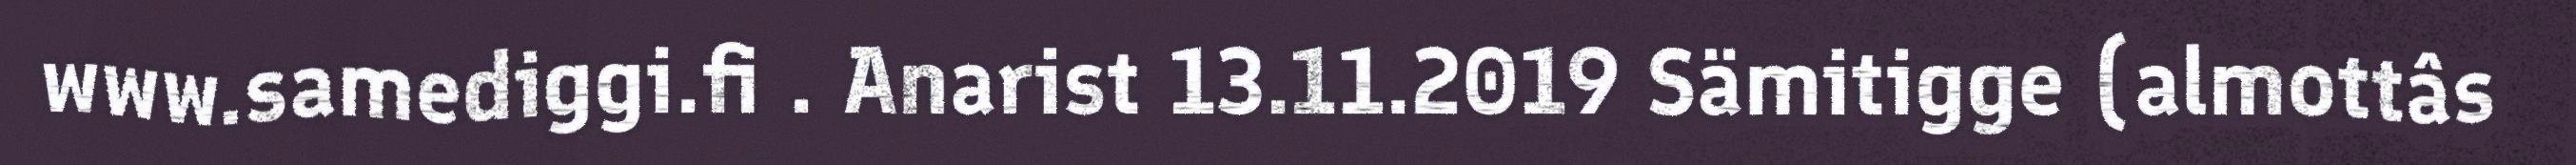
www.samediggi.fi . Anarist 13.11.2019 Sämitigge (almottâs